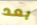
بعد